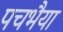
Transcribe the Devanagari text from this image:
पचभैया